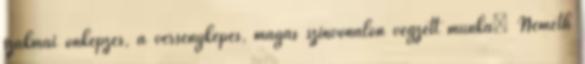
szakmai önképzés, a versenyképes, magas színvonalon végzett munka” Németh